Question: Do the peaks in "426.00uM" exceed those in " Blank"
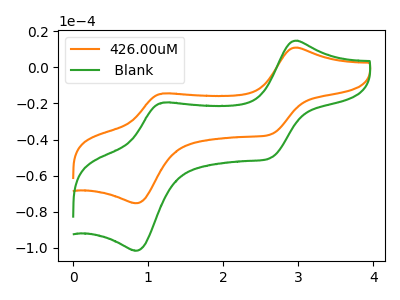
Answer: <think>The orange curve "426.00uM" has anodic peaks at (2.95V, 10.95uA) (1.20V, -14.50uA) and cathodic peaks at (2.65V, -37.20uA) (0.85V, -75.30uA). The green curve " Blank" has anodic peaks at (2.95V, 14.75uA) (1.20V, -19.55uA) and cathodic peaks at (2.65V, -50.20uA) (0.85V, -101.60uA).</think>
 <answer>The peaks in "426.00uM" are neither all higher or all lower than the peaks in " Blank".</answer>
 <eval>mixed</eval>